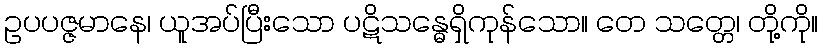
ဥပပဇ္ဇမာနေ၊ ယူအပ်ပြီးသော ပဋိသန္ဓေရှိကုန်သော။ တေ သတ္တေ၊ တို့ကို။